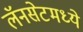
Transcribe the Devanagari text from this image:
लॅनसेटमध्ये